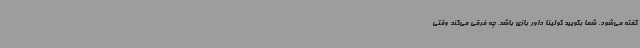
گفته می‌شود. شما بگویید کولینا داور بازی باشد. چه فرقی می‌کند وقتی